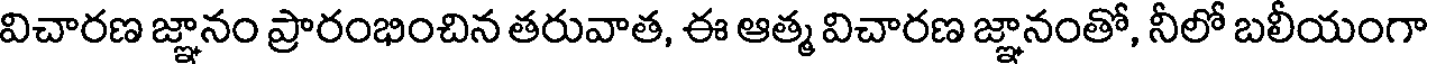
విచారణ జ్ఞానం ప్రారంభించిన తరువాత, ఈ ఆత్మ విచారణ జ్ఞానంతో, నీలో బలీయంగా